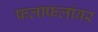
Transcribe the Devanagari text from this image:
फलाफलांवर